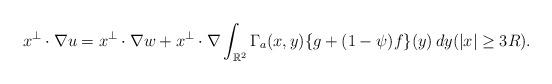
LaTeX: \begin{align*}x^\perp\cdot\nabla u=x^\perp\cdot\nabla w+x^\perp\cdot\nabla\int_{\mathbb R^2}\Gamma_a(x,y)\{g+(1-\psi)f\}(y)\,dy (|x|\geq 3R).\end{align*}